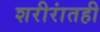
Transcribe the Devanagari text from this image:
शरीरांतही